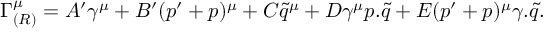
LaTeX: \Gamma _ { ( R ) } ^ { \mu } = A ^ { \prime } \gamma ^ { \mu } + B ^ { \prime } ( p ^ { \prime } + p ) ^ { \mu } + C \tilde { q } ^ { \mu } + D \gamma ^ { \mu } p . \tilde { q } + E ( p ^ { \prime } + p ) ^ { \mu } \gamma . \tilde { q } .